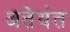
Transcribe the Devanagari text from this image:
अतेयंत